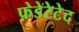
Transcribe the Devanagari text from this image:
फ़ेडेरेटेद